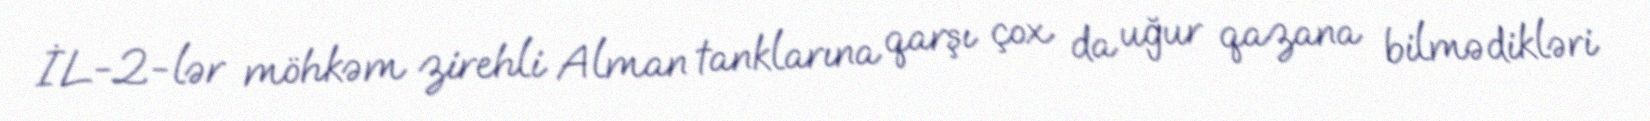
İL-2-lər möhkəm zirehli Alman tanklarına qarşı çox da uğur qazana bilmədikləri